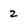
Character: 2